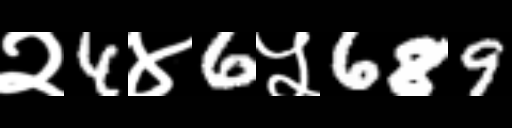
Text: २4४6५689